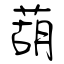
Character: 葫